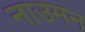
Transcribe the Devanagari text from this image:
नाउमन